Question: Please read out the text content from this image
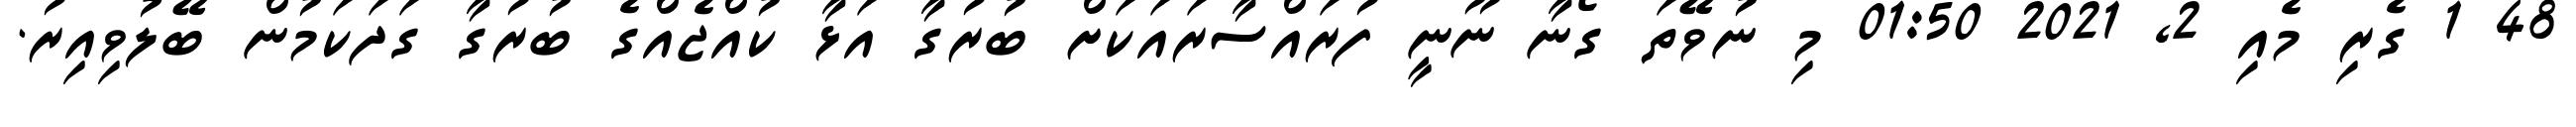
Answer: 48 1 ގެރި މެއި 2, 2021 01:50 މި ނުވޭތަ ގޯނާ ނޫނީ ފުރައްސާރައަކަށް ބުރުގާ އަޅާ ކުއްޖެއްގެ ބުރުގާ ގަދަކަމުން ބޭލުވިއިރު.